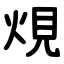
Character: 䙺